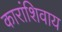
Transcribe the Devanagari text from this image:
कारांशिवाय